Lunatic asylums Bombay report 1891-1903 - 1891-1903
Year: 1891
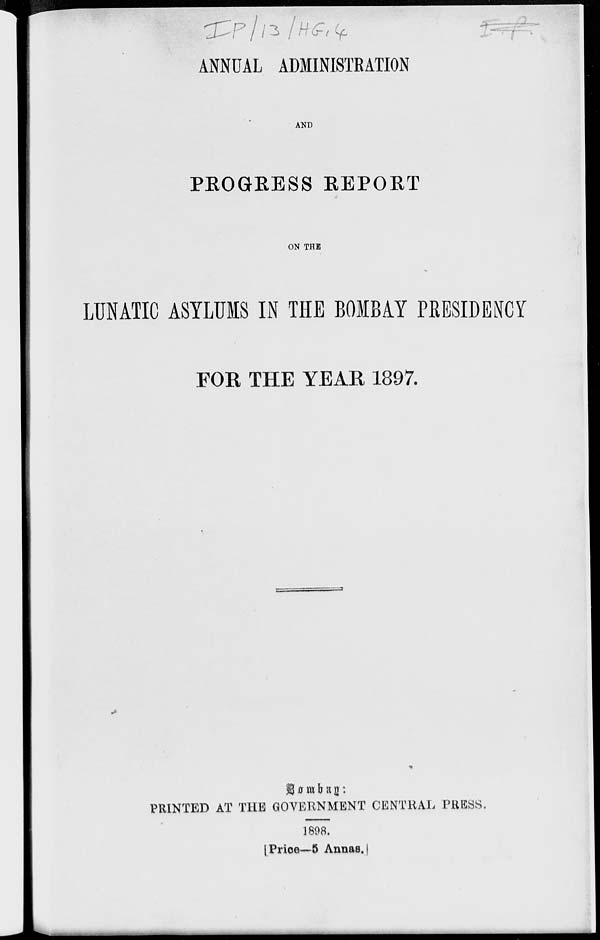
ANNUAL ADMINISTRATION
AND
PROGRESS REPORT
ON THE
LUNATIC ASYLUMS IN THE BOMBAY PRESIDENCY
FOR THE YEAR 1897.
Bombay:
PRINTED AT THE GOVERNMENT CENTRAL PRESS.
1898.
[ Price—5 Annas. ]